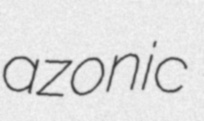
azonic